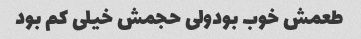
طعمش خوب بودولی حجمش خیلی کم بود